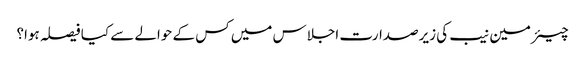
چیئرمین نیب کی زیرصدارت اجلاس میں کس کے حوالے سے کیا فیصلہ ہوا؟